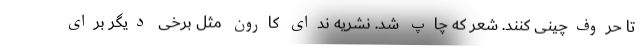
تا حروف‌چینی کنند. شعر که چاپ شد. نشریه ندای کارون مثل برخی دیگر برای